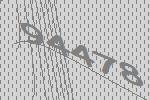
94478